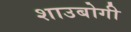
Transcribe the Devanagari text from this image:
शाउबोगी